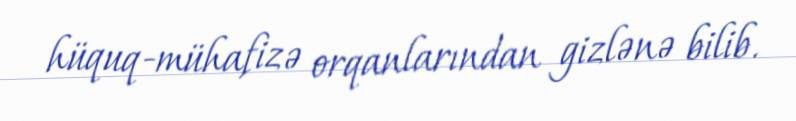
hüquq-mühafizə orqanlarından gizlənə bilib.